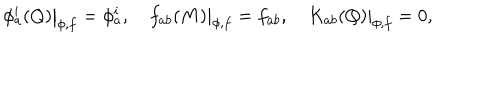
LaTeX: \left. \phi _ { a } ^ { i } ( Q ) \right| _ { \phi , f } = \phi _ { a } ^ { i } , \quad \left. f _ { a b } ( M ) \right| _ { \phi , f } = f _ { a b } , \left. \quad K _ { a b } ( Q ) \right| _ { \phi , f } = 0 ,